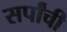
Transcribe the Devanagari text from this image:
सर्पांची